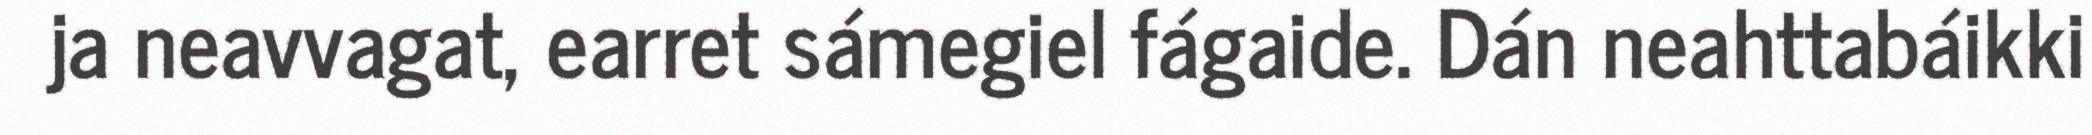
ja neavvagat, earret sámegiel fágaide. Dán neahttabáikki